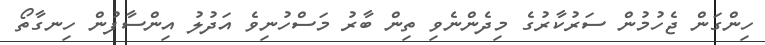
ހިންގަން ޖެހުމުން ސަރުކާރުގެ މިދެންނެވި ތިން ބާރު މަސްހުނިވެ އަދުލު އިންސާފުން ހިނގާތޯ